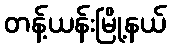
တန့်ယန်းမြို့နယ်